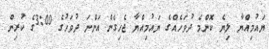
ޔައުމިއްޔާ ލިޔެ ކޮންމެ ދުވަހެއްގެ ޔައުމިއްޔާ ޖެހިގެން އަންނަ ދުވަހުގެ 3:00ގެ ކުރިން